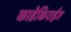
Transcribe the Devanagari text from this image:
काडेकिराईत